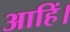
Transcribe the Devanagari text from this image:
आहिं।